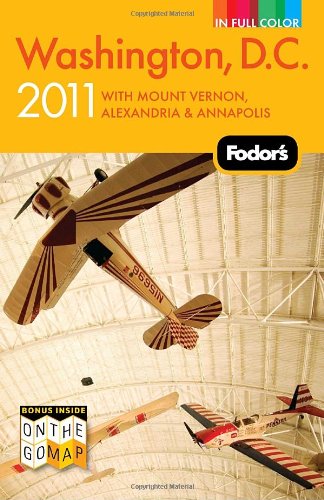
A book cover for Fodor's Washington, D.C. 2011: with Mount Vernon, Alexandria & Annapolis (Full-color Travel Guide); Fodor's; Travel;